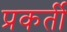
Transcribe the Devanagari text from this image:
प्रकर्ती